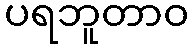
ပရဘူတာဝ